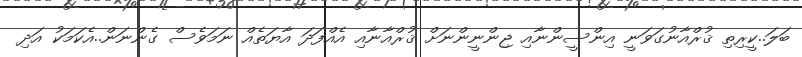
ބަލަ..ކީރިތި ޤުރްއާނުގަވަނީ އިންސީންނާއި ޖިންނީންނަށް ޤުރްއާނާއި އެއްފަދަ އާޔަތެއް ނަމަވެސް ގެންނަން..އެކަމަކު އަދި